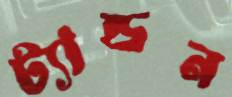
ট্যান্ডন